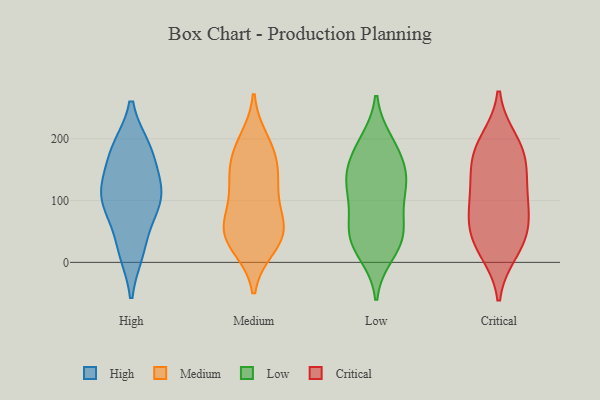
{"axis": {"x": "Gross Profit (USD K)", "y": "Value"}, "legend": ["Critical", "High", "Low", "Medium"], "data": [{"x": "", "y": 131, "type": "High"}, {"x": "", "y": 184, "type": "High"}, {"x": "", "y": 21, "type": "High"}, {"x": "", "y": 80, "type": "High"}, {"x": "", "y": 182, "type": "High"}, {"x": "", "y": 101, "type": "High"}, {"x": "", "y": 111, "type": "High"}, {"x": "", "y": 93, "type": "High"}, {"x": "", "y": 19, "type": "High"}, {"x": "", "y": 124, "type": "High"}, {"x": "", "y": 183, "type": "High"}, {"x": "", "y": 28, "type": "Medium"}, {"x": "", "y": 121, "type": "Medium"}, {"x": "", "y": 125, "type": "Medium"}, {"x": "", "y": 52, "type": "Medium"}, {"x": "", "y": 25, "type": "Medium"}, {"x": "", "y": 125, "type": "Medium"}, {"x": "", "y": 186, "type": "Medium"}, {"x": "", "y": 58, "type": "Medium"}, {"x": "", "y": 165, "type": "Medium"}, {"x": "", "y": 44, "type": "Medium"}, {"x": "", "y": 162, "type": "Medium"}, {"x": "", "y": 61, "type": "Medium"}, {"x": "", "y": 69, "type": "Medium"}, {"x": "", "y": 197, "type": "Medium"}, {"x": "", "y": 92, "type": "Low"}, {"x": "", "y": 124, "type": "Low"}, {"x": "", "y": 141, "type": "Low"}, {"x": "", "y": 47, "type": "Low"}, {"x": "", "y": 195, "type": "Low"}, {"x": "", "y": 128, "type": "Low"}, {"x": "", "y": 14, "type": "Low"}, {"x": "", "y": 68, "type": "Low"}, {"x": "", "y": 35, "type": "Low"}, {"x": "", "y": 146, "type": "Low"}, {"x": "", "y": 29, "type": "Low"}, {"x": "", "y": 50, "type": "Low"}, {"x": "", "y": 186, "type": "Low"}, {"x": "", "y": 126, "type": "Low"}, {"x": "", "y": 179, "type": "Low"}, {"x": "", "y": 20, "type": "Critical"}, {"x": "", "y": 179, "type": "Critical"}, {"x": "", "y": 35, "type": "Critical"}, {"x": "", "y": 153, "type": "Critical"}, {"x": "", "y": 173, "type": "Critical"}, {"x": "", "y": 63, "type": "Critical"}, {"x": "", "y": 43, "type": "Critical"}, {"x": "", "y": 86, "type": "Critical"}, {"x": "", "y": 195, "type": "Critical"}, {"x": "", "y": 117, "type": "Critical"}, {"x": "", "y": 106, "type": "Critical"}]}